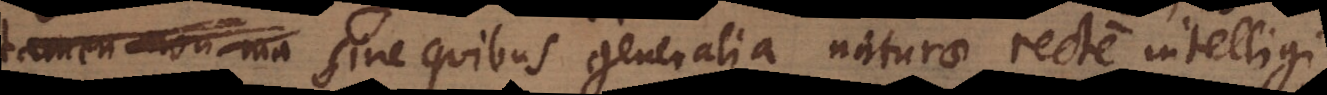
tamen non ma sine quibus generalia naturae recte intelligi